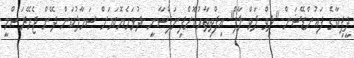
ދީޕިކާގެ ފައުންޑޭޝަން "ލިވް ލަވް ލާފް" އިފްތިތާހުކޮށްފިނަފްސާނީ ދުޅަހެޔޮކަމަށް ސަމާލުކަން ދޭން ޖެހޭރަސްމީ